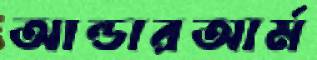
আন্ডারআর্ম